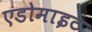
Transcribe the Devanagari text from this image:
एडोमाइट